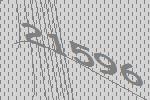
21596